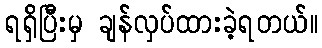
ရရှိပြီးမှ ချန်လှပ်ထားခဲ့ရတယ်။